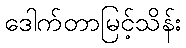
ဒေါက်တာမြင့်သိန်း